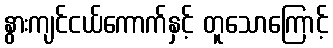
နွားကျင်ငယ်ကောက်နှင့် တူသောကြောင့်